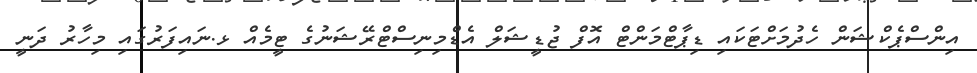
އިންސްޕެކްޝަން ހެދުމަށްޓަކައި ޑިޕާޓްމަންޓް އޮފް ޖުޑީޝަލް އެޑްމިނިސްޓްރޭޝަނުގެ ޓީމެއް ޅ.ނައިފަރުގައި މިހާރު ދަނީ